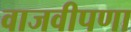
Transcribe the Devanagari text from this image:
वाजवीपणा